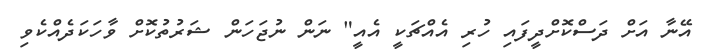
އޭނާ އަށް ދަސްކޮށްދީފައި ހުރި އެއްޗަކީ އެއީ" ނަން ނުޖަހަން ޝަރުތުކޮށް ވާހަކަދެއްކެވި